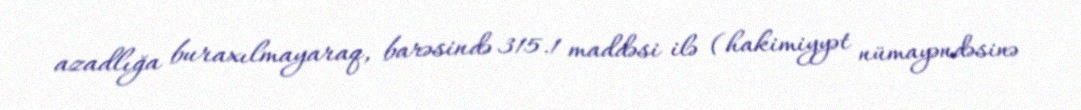
azadlığa buraxılmayaraq, barəsində 315.1 maddəsi ilə (hakimiyyət nümayəndəsinə